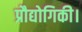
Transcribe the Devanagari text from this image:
प्रौद्योगिकी।